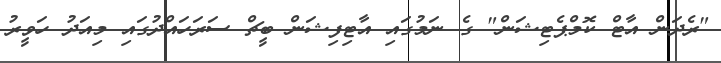
"ރެދަން އާޓް ކޮމްޕެޓިޝަން" ގެ ނަމުގައި އާޓިފިޝަން ބީޗް ސަރަހައްދުގައި މިއަދު ހަވީރު